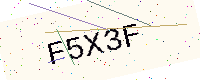
Text: F5X3F